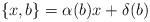
LaTeX: \begin{align*}\{x, b\}=\alpha(b)x+\delta(b)\end{align*}